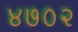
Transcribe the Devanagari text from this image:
४७०२